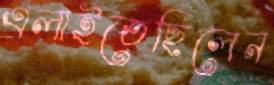
এলাইতেছিলেন